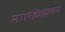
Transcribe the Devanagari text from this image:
नगरक्रेतागम